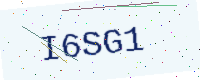
Text: I6SG1